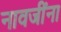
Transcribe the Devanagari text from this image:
नावजींना